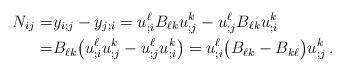
LaTeX: \begin{align*} N_{ij}=&y_{i;j}-y_{j;i}=u^\ell_{;i}B_{\ell k}u^k_{;j}-u^\ell_{;j}B_{\ell k}u^k_{;i}\\ =&B_{\ell k}\big(u^\ell_{;i}u^k_{;j}-u^\ell_{;j}u^k_{;i}\big)= u^\ell_{;i}\big(B_{\ell k}-B_{k\ell }\big) u^k_{;j}\,.\end{align*}